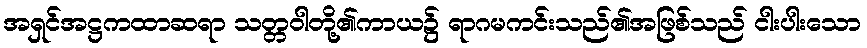
အရှင်အဋ္ဌကထာဆရာ သတ္တဝါတို့၏ကာယ၌ ရာဂမကင်းသည်၏အဖြစ်သည် ငါးပါးသော